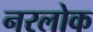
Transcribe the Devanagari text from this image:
नरलोक